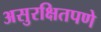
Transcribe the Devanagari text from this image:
असुरक्षितपणे